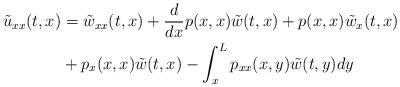
LaTeX: \begin{align*}\tilde{u}_{xx}(t,x)&=\tilde{w}_{xx}(t,x)+\frac{d}{dx}p(x,x)\tilde{w}(t,x)+p(x,x)\tilde{w}_x(t,x)\\&+p_x(x,x)\tilde{w}(t,x)-\int_x^L p_{xx}(x,y)\tilde{w}(t,y)dy\end{align*}